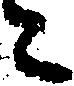
た